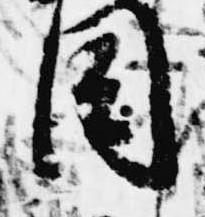
目